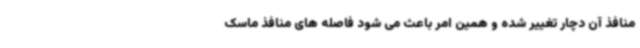
منافذ آن دچار تغییر شده و همین امر باعث می شود فاصله های منافذ ماسک